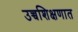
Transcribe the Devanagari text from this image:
उच्चशिक्षणात